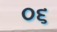
૦૬